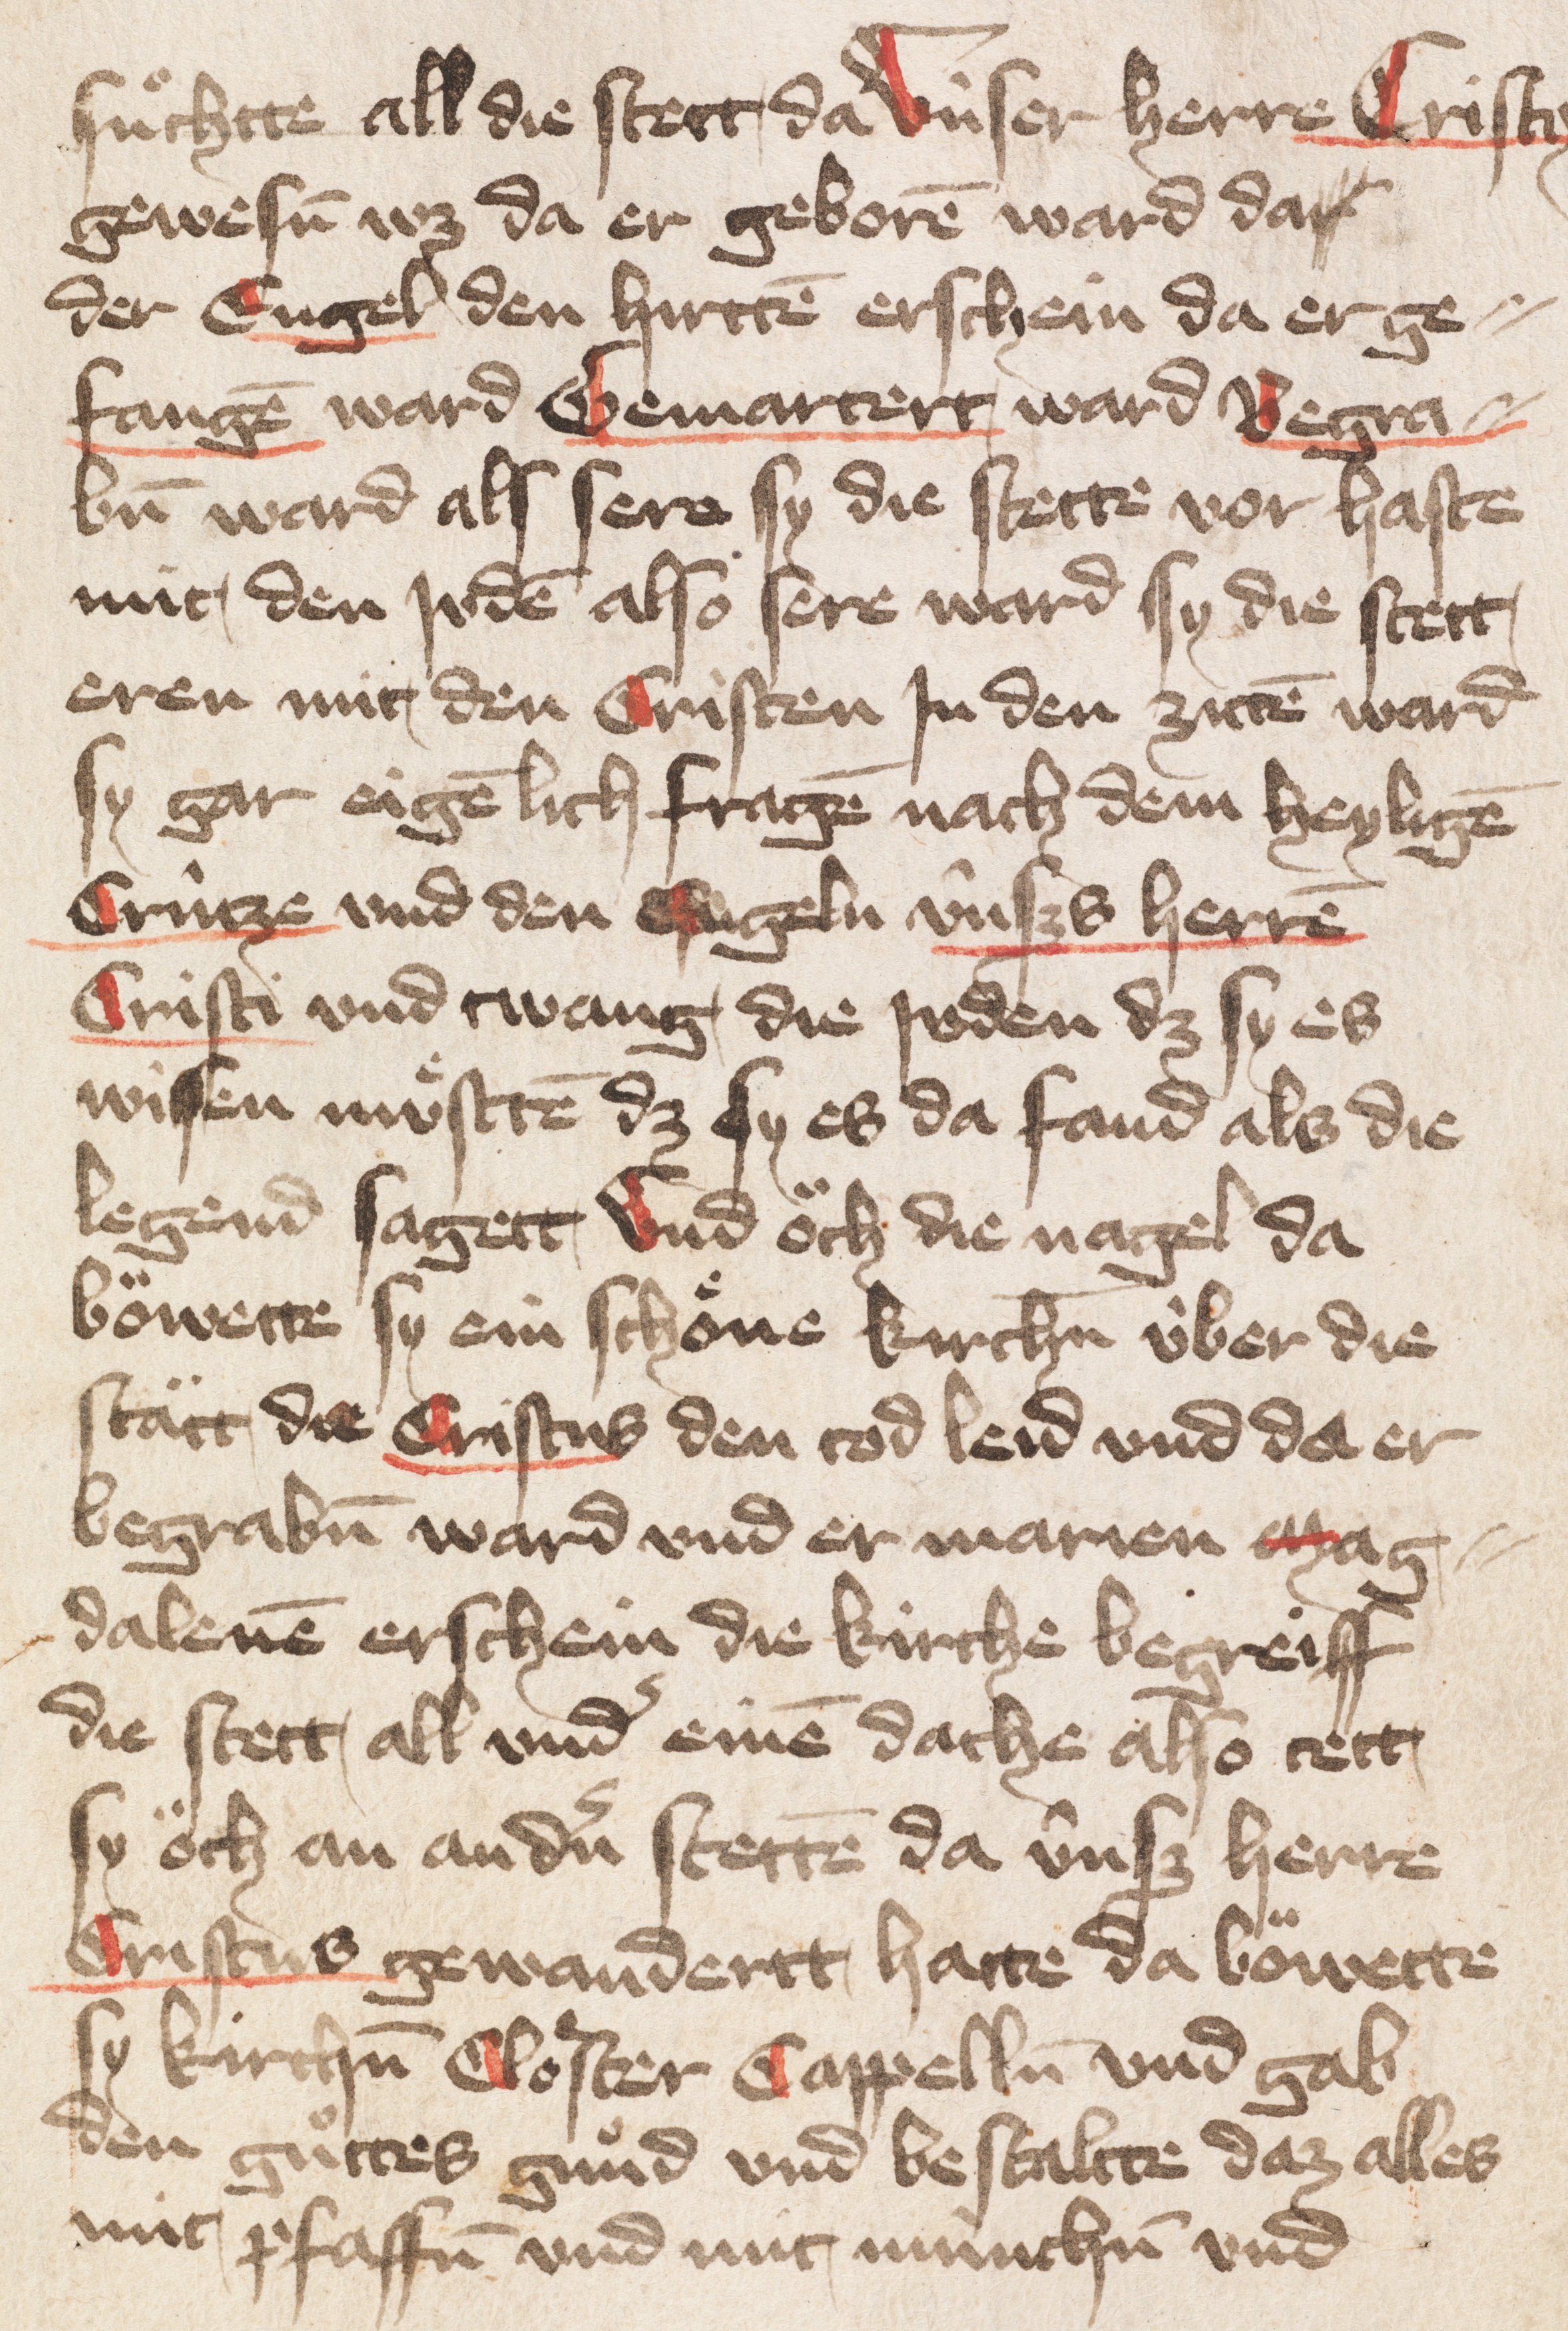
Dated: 1400–1424